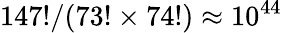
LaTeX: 147!/(73!\times 74!)\approx 10^{44}